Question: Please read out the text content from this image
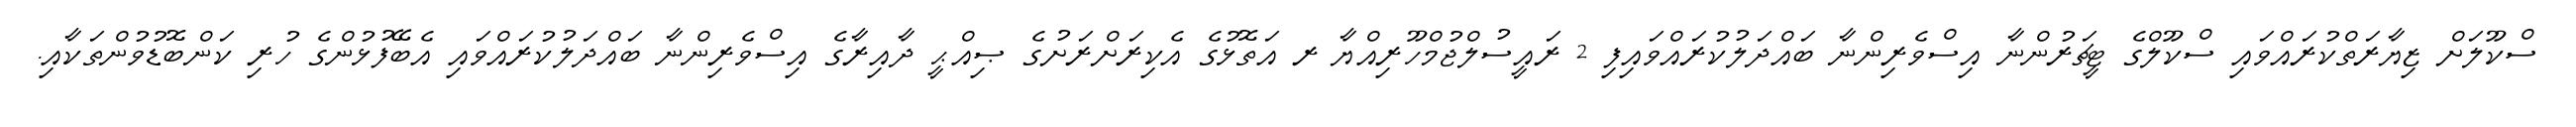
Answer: ސްކޫލަށް ޒިޔާރަތްކުރައްވައި ސްކޫލްގެ ޓީޗަރުންނާ އިސްވެރިންނާ ބައްދަލުކުރައްވައިފި 2 ރައީސުލްޖުމްހޫރިއްޔާ ރ އަތޮޅުގެ އެކިރަށްރަށުގެ ޞިއްޙީ ދާއިރާގެ އިސްވެރިންނާ ބައްދަލުކުރައްވައި އެބޭފުޅުންގެ ހުރި ކަންބޮޑުވުންތަކާއި.